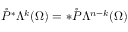
\mathring { P } ^ { \ast } \Lambda ^ { k } ( \Omega ) = \ast \mathring { P } \Lambda ^ { n - k } ( \Omega )